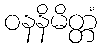
ဝနနိမိတ္တံ